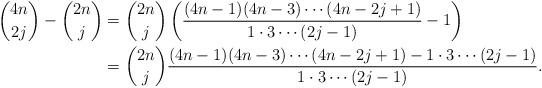
LaTeX: \begin{align*}{4n\choose 2j}-{2n\choose j} & ={2n\choose j}\left(\frac{(4n-1)(4n-3)\cdots (4n-2j+1)}{1\cdot 3\cdots (2j-1)}-1\right)\\& ={2n\choose j}\frac{(4n-1)(4n-3)\cdots (4n-2j+1)-1\cdot 3\cdots (2j-1)}{1\cdot 3\cdots (2j-1)}.\end{align*}